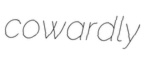
cowardly